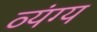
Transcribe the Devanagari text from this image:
व्‍यंग्य